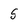
Character: 5